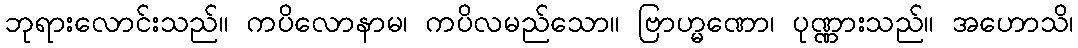
ဘုရားလောင်းသည်။ ကပိလောနာမ၊ ကပိလမည်သော။ ဗြာဟ္မဏော၊ ပုဏ္ဏားသည်။ အဟောသိ၊